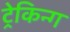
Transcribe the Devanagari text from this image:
ट्रेकिन्ग